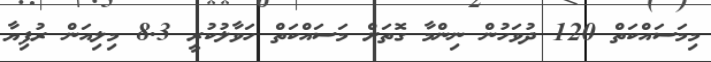
މިމަސައްކަތް 120 ދުވަހުން ނިންމާ ގޮތަށް މަސައްކަތް ހަވާލުކުރީ 8.3 މިލިއަން ރުފިޔާ